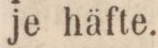
je häfte.